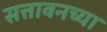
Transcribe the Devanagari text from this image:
सत्तावनच्या